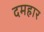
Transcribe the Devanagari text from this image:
दमहार